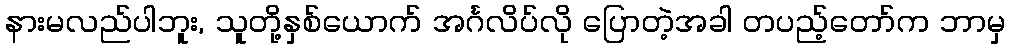
နားမလည်ပါဘူး, သူတို့နှစ်ယောက် အင်္ဂလိပ်လို ပြောတဲ့အခါ တပည့်တော်က ဘာမှ